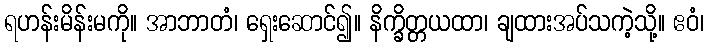
ရဟန်းမိန်းမကို။ အာဘာတံ၊ ရှေးဆောင်၍။ နိက္ခိတ္တယထာ၊ ချထားအပ်သကဲ့သို့။ ဧဝံ၊